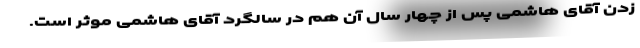
زدن آقای هاشمی پس از چهار سال آن هم در سالگرد آقای هاشمی موثر است.